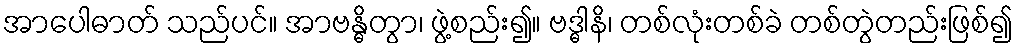
အာပေါဓာတ် သည်ပင်။ အာဗန္ဓိတွာ၊ ဖွဲ့စည်း၍။ ဗဒ္ဓါနိ၊ တစ်လုံးတစ်ခဲ တစ်တွဲတည်းဖြစ်၍